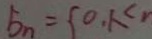
b _ { n } = \{ 0 , 1 \leq r